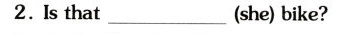
2.Is that_ (she) bike?